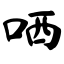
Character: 哂